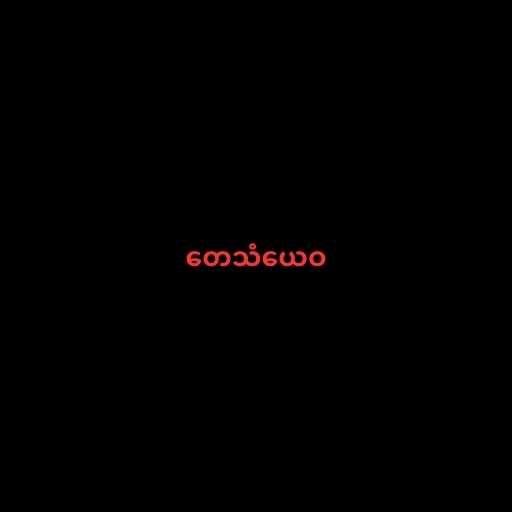
တေသံယေဝ